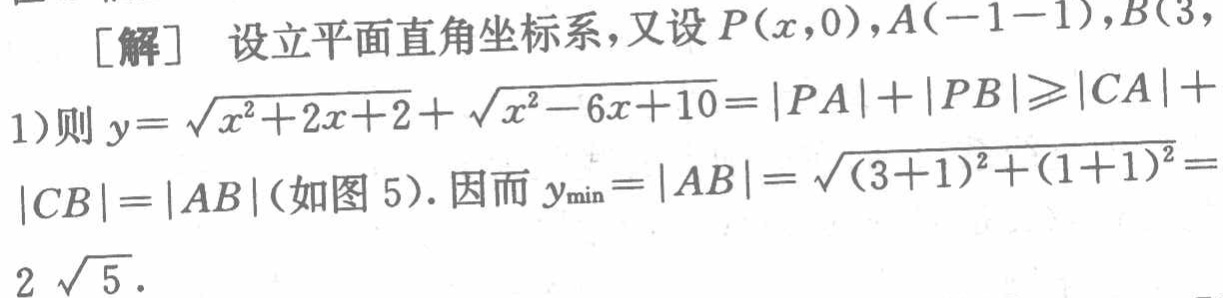
[解] 设立平面直角坐标系，又设 \(P(x,0)\)，\(A(-1 - 1)\)，\(B(3,1)\)则 \(y = \sqrt{x^{2}+2x + 2}+\sqrt{x^{2}-6x + 10}=|PA|+|PB|\geqslant|CA|+|CB|=|AB|\)（如图 5）. 因而 \(y_{\min}=|AB|=\sqrt{(3 + 1)^{2}+(1 + 1)^{2}}=2\sqrt{5}\).